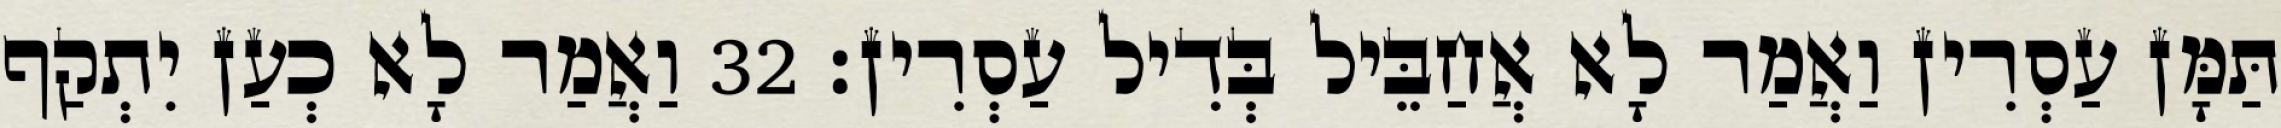
תַּמָּן עַסְרִין וַאֲמַר לָא אֲחַבֵּיל בְּדִיל עַסְרִין׃ 32 וַאֲמַר לָא כְעַן יִתְקַף